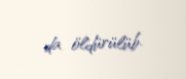
da öldürülüb.